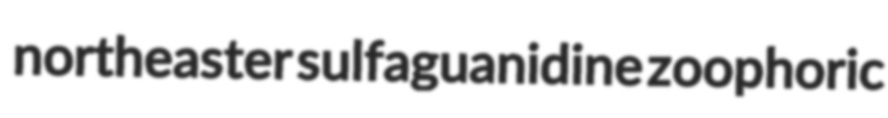
northeaster sulfaguanidine zoophoric